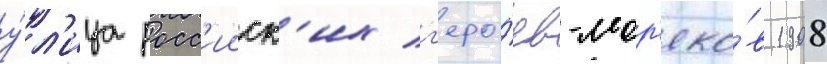
у́л'ица росс'ииск'их г'еро́ев-мор'яко́в 1908